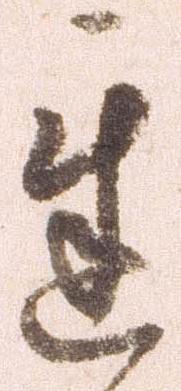
遅